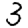
Digit: 3